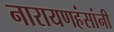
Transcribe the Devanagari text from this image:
नारायणहंसांनी